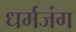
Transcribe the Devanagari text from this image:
धर्मजंग